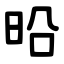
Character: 㫟